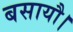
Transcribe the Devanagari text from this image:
बसायौ।